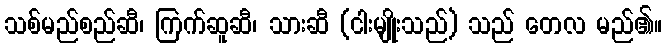
သစ်မည်စည်ဆီ၊ ကြက်ဆူဆီ၊ သားဆီ (ငါးမျိုးသည်) သည် တေလ မည်၏။